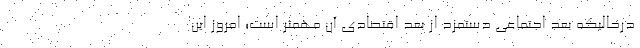
درحالیکه بعد اجتماعی دستمزد از بعد اقتصادی آن مهمتر است؛ امروز این